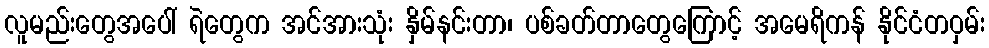
လူမည်းတွေအပေါ် ရဲတွေက အင်အားသုံး နှိမ်နင်းတာ၊ ပစ်ခတ်တာတွေကြောင့် အမေရိကန် နိုင်ငံတဝှမ်း